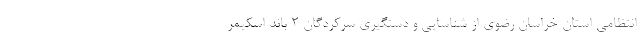
انتظامی استان خراسان رضوی از شناسایی و دستگیری سرکردگان ۲ باند اسکیمر